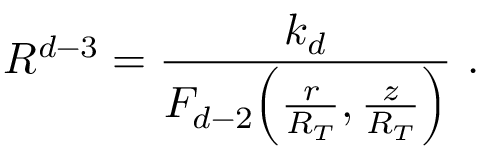
R ^ { d - 3 } = \frac { k _ { d } } { F _ { d - 2 } \Big ( \frac { r } { R _ { T } } , \frac { z } { R _ { T } } \Big ) } \ .